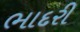
ભાદરી